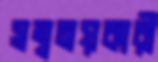
সম্বনয়কারী